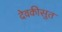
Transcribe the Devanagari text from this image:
देवकीसुत